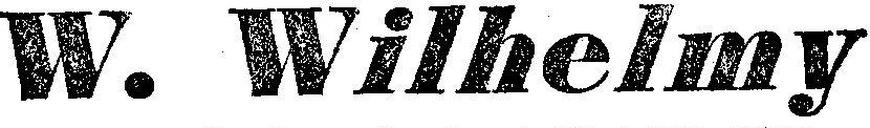
W. Wilhelmy